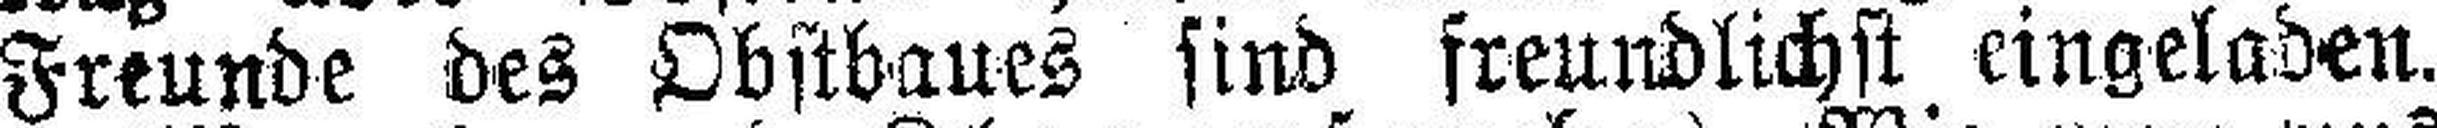
Freunde des Obstbaues sind freundlichst eingeladen.